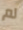
لم